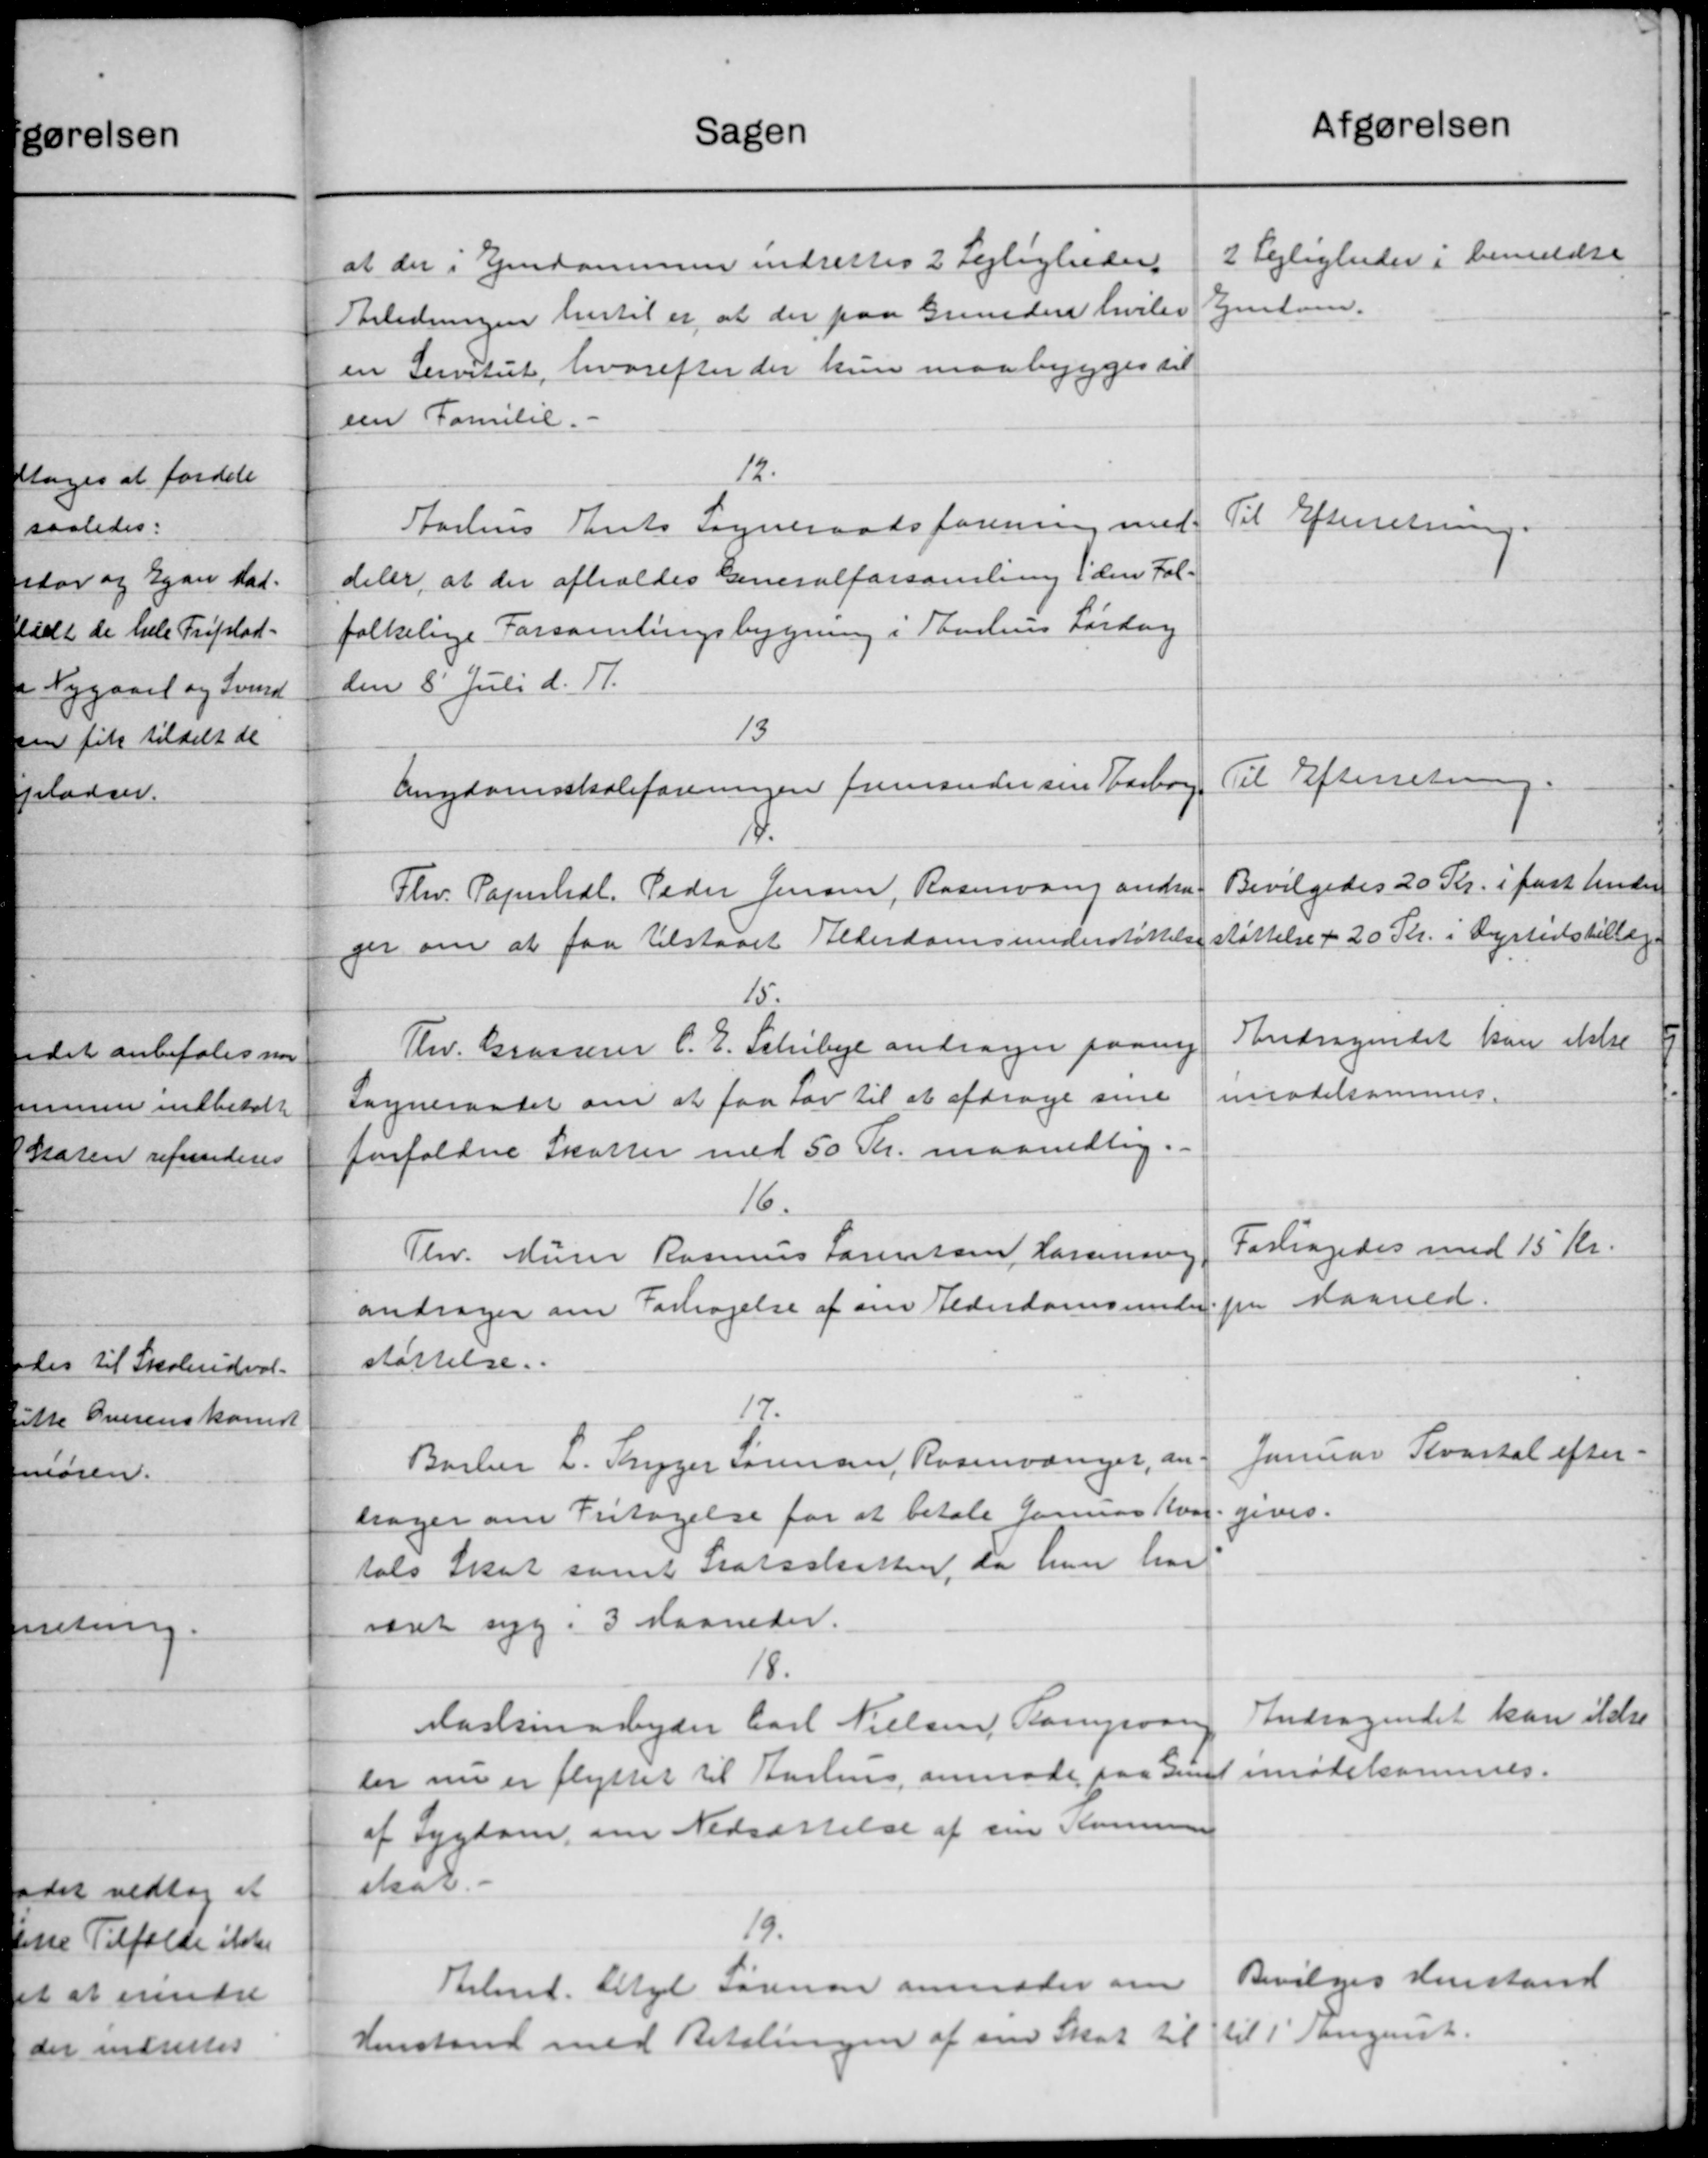
Transskription:
afgørelsen
Sagen
2 Lejligheder i bemeldte
at der i Ejendommen indrettes 2 Lejligheder
Ejendom.
Anledningen hertil er at der paa Grunder hvilev
en Servitut, hvorefter der kun maa bygges til
een Familie. -
12.
Til Efterretning.
Aarhus Thrits Sogneraadsforening med-
deler, at der afholdes Generalforsamling i den Fol-
folkelige Forsamlingsbygning i Taarhus Lørdag
den 8' Juli d. A.
13
Til Efterretning.
Angdomsskoleforeningen fremsender sin Harborg
4.
Bevilgedes 20 Kr. i fast Under
Fhv. Papirhdl. Peder Jensen, Rasmusen andra-
ger om at faa tilstaaet Alderdomsunderstøttelsestøttelse + 20 Kr. i Dyrtidstillæg.
15.
Andragendet kan ikke
Thv. Graværer C. E. Schibye andrager paany
imodelsammes.
Sogneraadet om at faa Lov til at afdrage sine
forfaldne Skatter med 50 Kr. maanedlig.
16.
Forlagedes med 15 Kr.
Thv. Murer Rasmus Sørensen Larsening
fra Maaned.
andrager om Forhøjelse af om Alderdomsunder-
støttelse.
17.
Januar Kvartal efter-
Borber L. Thyger Sørensen, Rosenvænger, an-
gives.
sager om Fritagelse for at betale Januar Kvar
tals Skat samt Statsskatten, da hun har
været syg. 3 Maaneder.
18.
Andragendet kan ildre
Maskinarbejder Carl Nielsen, Kampaan
imødekommes.
ler nu er flyttet til Aarhus anmode paa Grund
af Sygdom, om Nedsættelse af sin Kommunen
skab. -
13.
Bevilges Henstand
Arbmd. Axel Sørensen anmoder om
til 1' August.
Henstand med Betalingen af sin Skat til